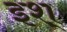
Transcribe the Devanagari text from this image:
इश्